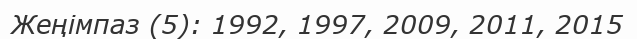
Жеңімпаз (5): 1992, 1997, 2009, 2011, 2015